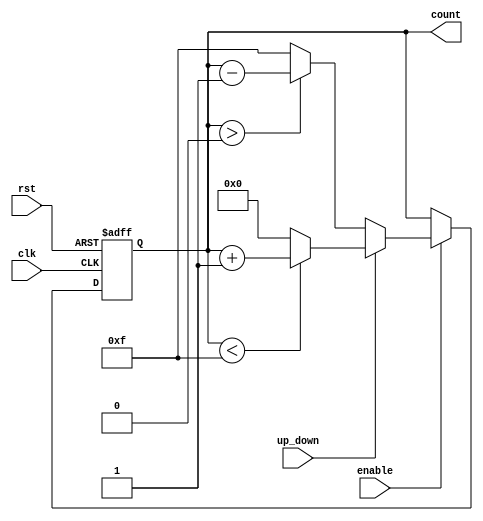
module up_down_counter #(
    parameter WIDTH = 4,         // Width of the counter (number of bits)
    parameter MAX_COUNT = 2**WIDTH - 1 // Maximum count value
)(
    input wire clk,              // Clock signal
    input wire rst,              // Asynchronous reset signal
    input wire up_down,          // Control signal (1 for up, 0 for down)
    input wire enable,           // Enable signal for counting
    output reg [WIDTH-1:0] count // Current count value
);

    // Asynchronous reset logic
    always @(posedge clk or posedge rst) begin
        if (rst) begin
            count <= 0;           // Reset the count to 0
        end else if (enable) begin
            if (up_down) begin
                // Count Up
                if (count < MAX_COUNT) begin
                    count <= count + 1; // Increment count
                end else begin
                    count <= 0; // Wrap around on overflow
                end
            end else begin
                // Count Down
                if (count > 0) begin
                    count <= count - 1; // Decrement count
                end else begin
                    count <= MAX_COUNT; // Wrap around on underflow
                end
            end
        end
    end

endmodule